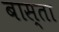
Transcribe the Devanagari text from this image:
बास्ता